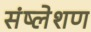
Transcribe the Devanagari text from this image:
संष्लेशण